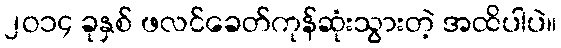
၂ဝ၁၄ ခုနှစ် ဖလင်ခေတ်ကုန်ဆုံးသွားတဲ့ အထိပါပဲ။